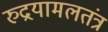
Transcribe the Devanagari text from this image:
रुद्रयामलतंत्र